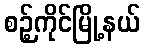
စဉ့်ကိုင်မြို့နယ်